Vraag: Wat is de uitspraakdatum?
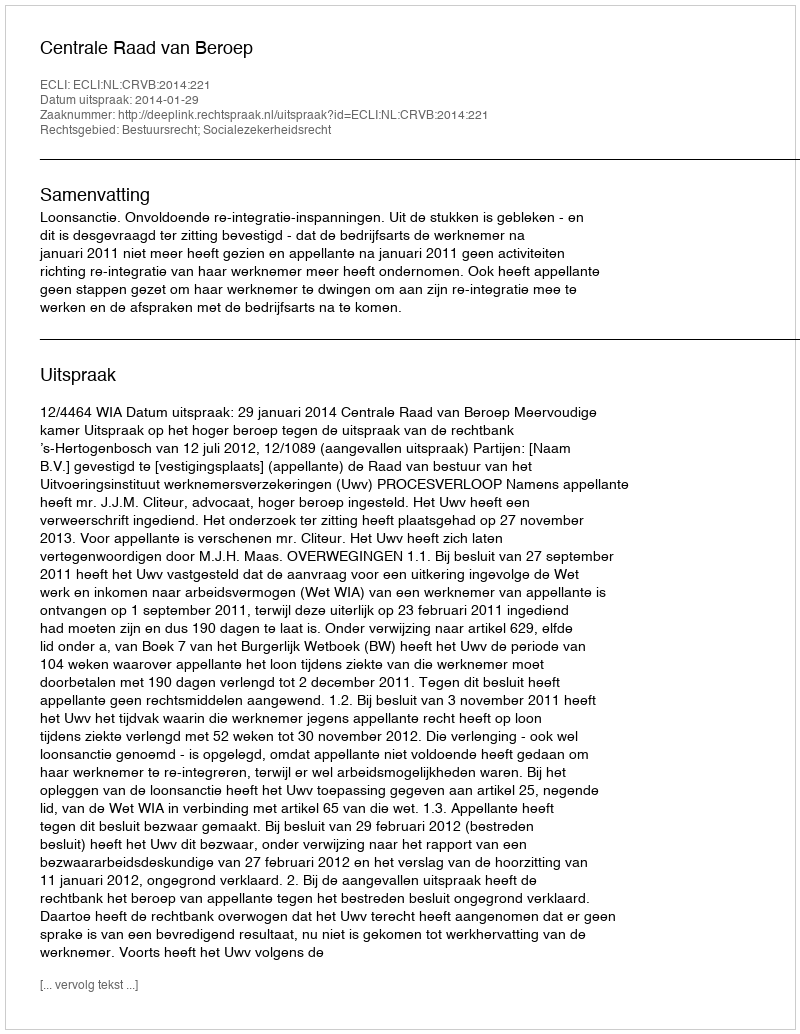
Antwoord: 2014-01-29